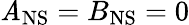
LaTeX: \mathit{A}_{\mathrm{{NS}}}=B_{\mathrm{{NS}}}=0